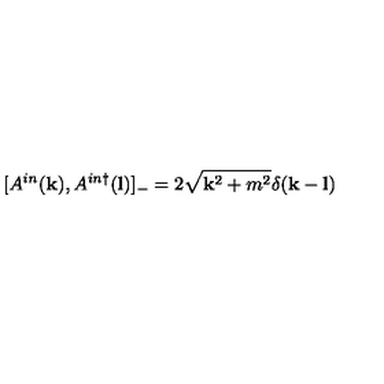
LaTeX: [ A ^ { i n } ( { \bf k } ) , A ^ { i n \dagger } ( { \bf l } ) ] _ { - } = 2 \sqrt { { \bf k } ^ { 2 } + m ^ { 2 } } \delta ( { \bf k } - { \bf l } )